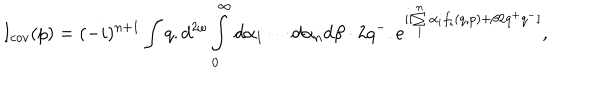
LaTeX: I _ { c o v } ( p ) = ( - i ) ^ { n + 1 } \int q . d ^ { 2 \omega } \int _ { 0 } ^ { \infty } d \alpha _ { 1 } \cdots d \alpha _ { n } d \beta \cdot 2 q ^ { - } . e ^ { i [ \sum _ { 1 } ^ { n } \alpha _ { i } f _ { i } ( q , p ) + \beta 2 q ^ { + } q ^ { - } ] } ,